Leaving Certificate Examination, 1914
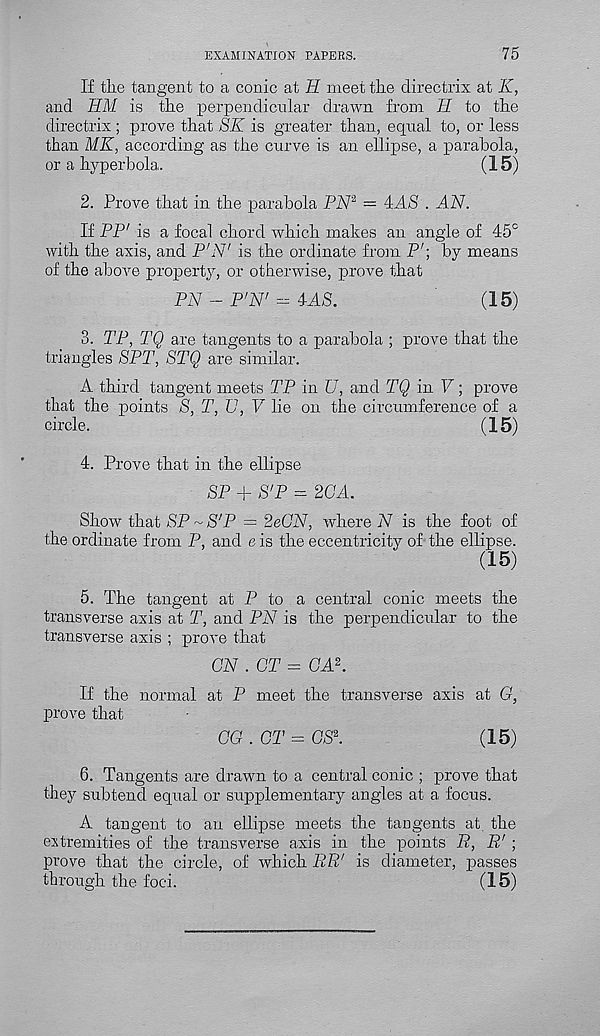
EXAMINATION PAPERS.
75
If tlie tangent to a conic at H meet the directrix at K,
and HM is the perpendicular drawn from H to the
directrix; prove that SK is greater than, equal to, or less
than MK, according as the curve is an ellipse, a parabola,
or a hyperbola.
(15)
2. Prove that in the parabola PN 2 = 4AS . AN.
If PP' is a focal chord which makes an angle of 45°
with the axis, and P'N' is the ordinate from P'; by means
of the above property, or otherwise, prove that
PN - P'N' - 4aLS.
(15)
3. TP, TQ are tangents to a parabola ; prove that the
triangles SPT, STQ are similar.
A third tangent meets TP in U, and TQ in V; prove
that the points S, T, PI, V lie on the circumference of a
circle.
(15)
4. Prove that in the ellipse
SP + S'P = 2<fj4.
Show that SP ~ S'P = 2eCN, where N is the foot of
the ordinate from P, and e is the eccentricity of the ellipse.
(15)
5. The tangent at P to a central conic meets the
transverse axis at T, and PN is the perpendicular to the
transverse axis ; prove that
GN .GT = GAG
If the normal at P meet the transverse axis at G,
prove that
GG . GT = GS 2 .
(15)
6. Tangents are drawn to a central conic ; prove that
they subtend equal or supplementary angles at a focus.
A tangent to an ellipse meets the tangents at, the
extremities of the transverse axis in the points R, R r ;
prove that the circle, of which RR' is diameter, passes
through the foci.
(15)